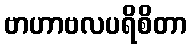
ဗာဟာဗလပရိစိတာ